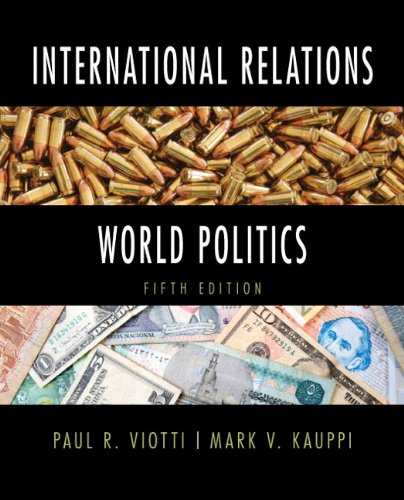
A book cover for International Relations and World Politics (5th Edition); Paul R. Viotti; Business & Money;